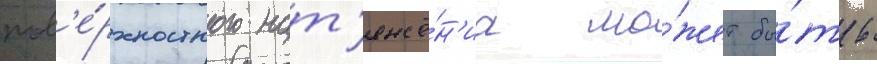
пов'е́рхностного нат'яже́н'иа мо́жет бы́ть